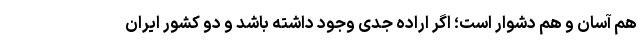
هم آسان و هم دشوار است؛ اگر اراده جدی وجود داشته باشد و دو کشور ایران